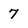
Character: 7